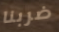
ضربنا